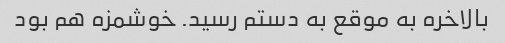
بالاخره به موقع به دستم رسید. خوشمزه هم بود